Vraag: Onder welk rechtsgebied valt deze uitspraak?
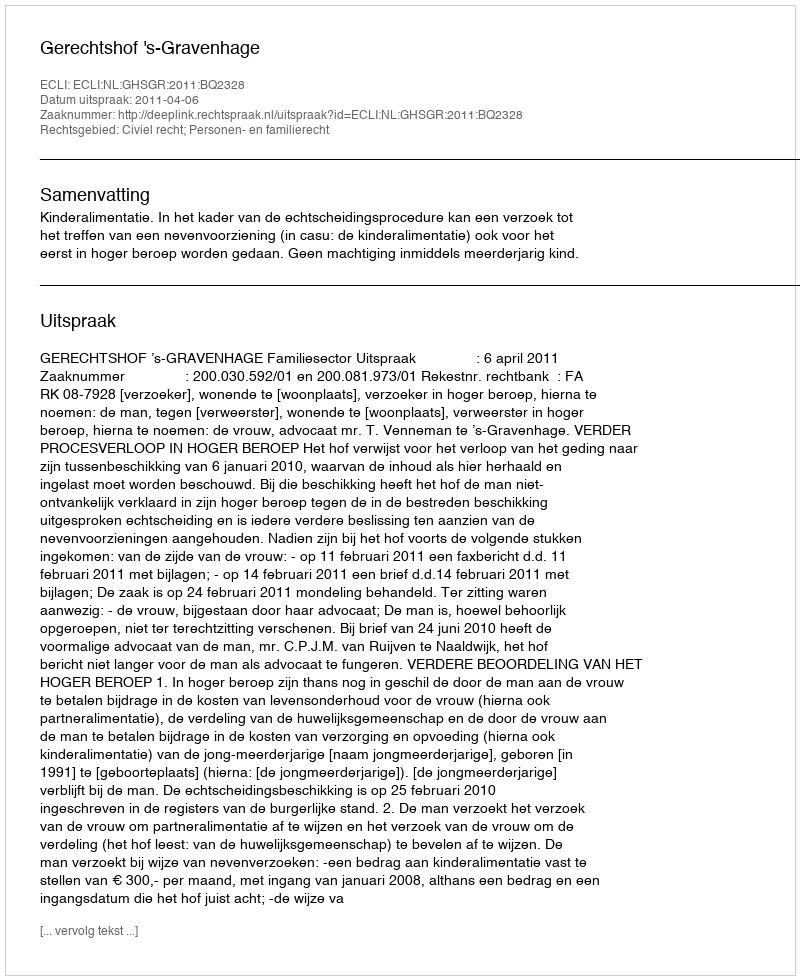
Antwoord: Civiel recht; Personen- en familierecht